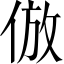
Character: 倣